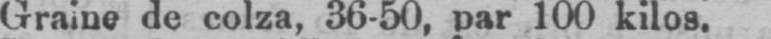
Graine de colza, 36-50, par 100 kilos.